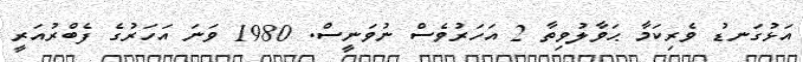
އަޅުގަނޑު ވެރިކަމާ ޙަވާލުވިތާ 2 އަހަރުވެސް ނުވަނީސް. 1980 ވަނަ އަހަރުގެ ފެބްރުއަރީ